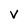
Character: V